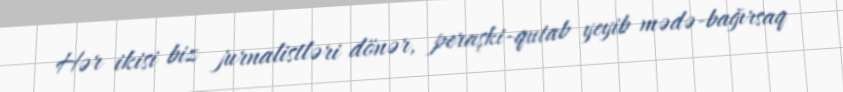
Hər ikisi biz jurnalistləri dönər, peraşki-qutab yeyib mədə-bağırsaq